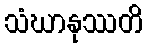
သံဃာနုဿတိ